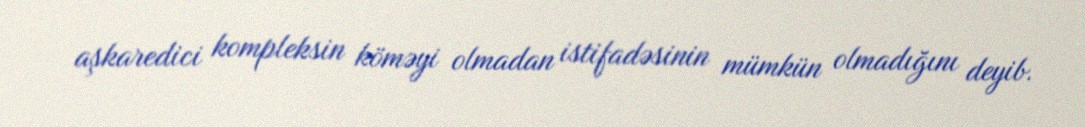
aşkaredici kompleksin köməyi olmadan istifadəsinin mümkün olmadığını deyib.